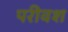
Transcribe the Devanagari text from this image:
परीवश